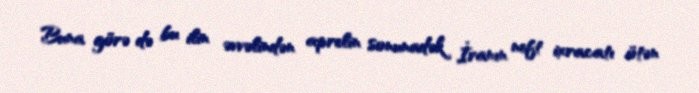
Buna görə də bu ilin əvvəlindən aprelin sonunadək İranın neft ixracatı ötən